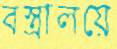
বস্ত্রালয়ে